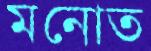
মনোত